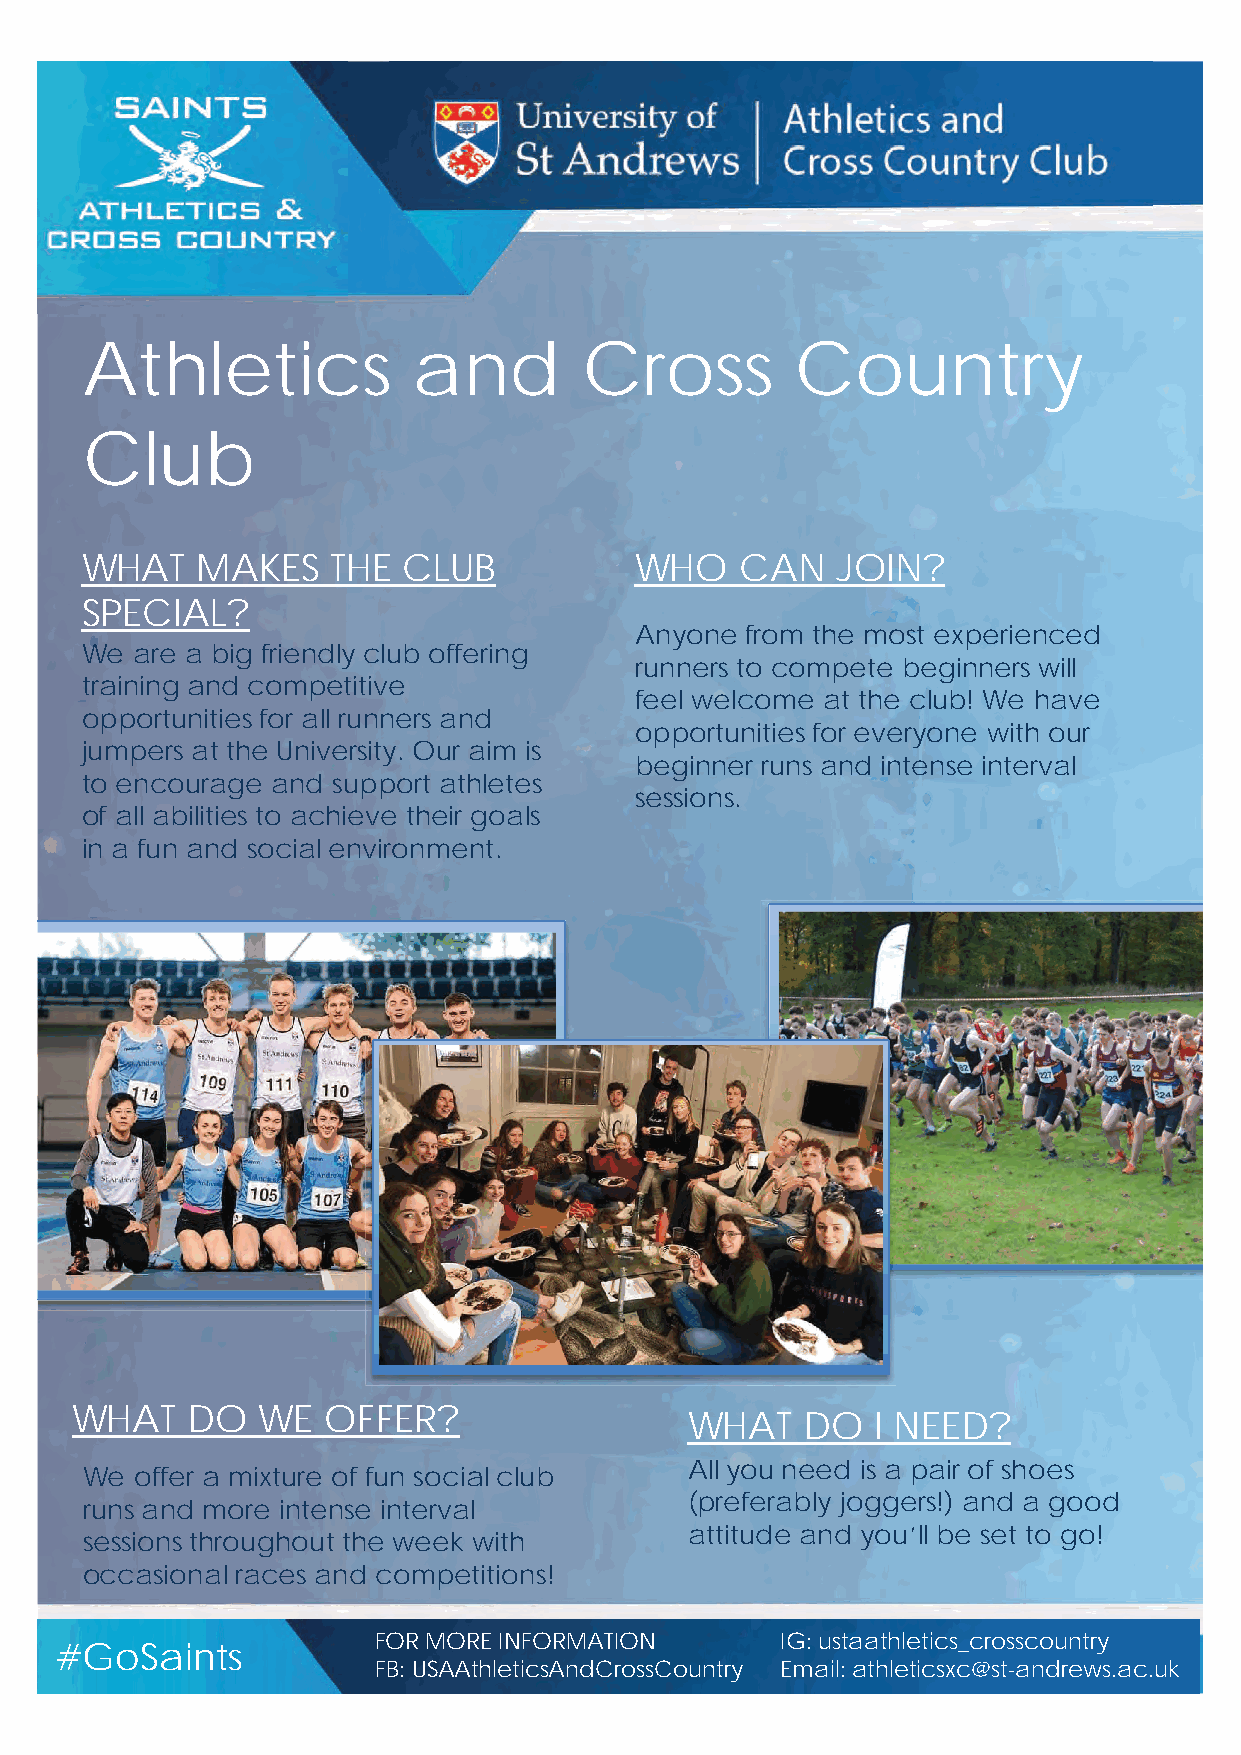
Athletics             and         Cross         Country
 Club
 WHAT    MAKES    THE  CLUB           WHO    CAN   JOIN?
 SPECIAL?
 Anyone from the most experienced
 We  are a big friendly club offering
 runners to compete beginners will
 training and competitive
 feel welcome at the club! We have
 opportunities for all runners and
 opportunities for everyone with our
 jumpers at the University. Our aim is
 beginner runs and intense interval
 to encourage and support athletes
 sessions.
 of all abilities to achieve their goals
 in a fun and social environment.
 WHAT   DO   WE  OFFER?
 WHAT    DO   I NEED?
 All you need is a pair of shoes
 We  offer a mixture of fun social club
 (preferably joggers!) and a good
 runs and more intense interval
 attitude and you’ll be set to go!
 sessions throughout the week with
 occasional races and competitions!
 FOR MORE INFORMATION       IG: ustaathletics_crosscountry
 #GoSaints
 FB: USAAthleticsAndCrossCountry Email: athleticsxc@st-andrews.ac.uk